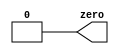
module zero(
  output zero
);

  assign zero = 1'b0;

endmodule